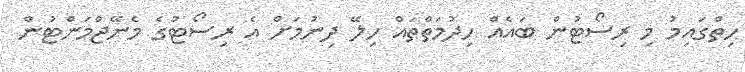
ހިތްގައިމު މި ރިސޯޓުން ބައެއް ހިދުމަތްތައް ހިލޭ ދިނުމަށް އެ ރިސޯޓުގެ މެނޭޖްމަންޓުން